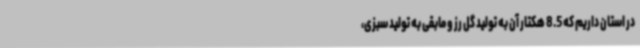
در استان داریم که 8.5 هکتار آن به تولید گل رز و مابقی به تولید سبزی،